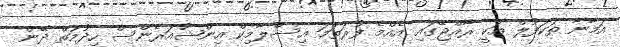
އަމާނާ ތަކަފުލް އަކީ ރާއްޖޭގައި އެއްމެ ފުރަތަމަ އިސްލާމިކް އިންޝުއަރެންސް ހިދުމަތް ދޭން